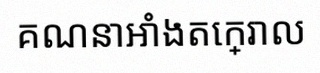
គណនាអាំងតេក្រាល